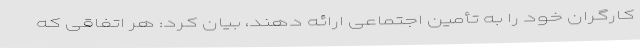
کارگران خود را به تأمین اجتماعی ارائه دهند، بیان کرد: هر اتفاقی که